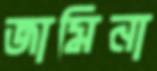
জামিনা